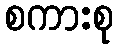
စကားစု